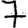
Digit: 7